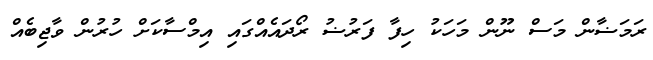
ރަމަޟާން މަސް ނޫން މަހަކު ހިފާ ފަރުޟު ރޯދައެއްގައި އިމްސާކަށް ހުރުން ވާޖިބެއް